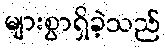
များစွာရှိခဲ့သည်